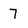
Character: 7